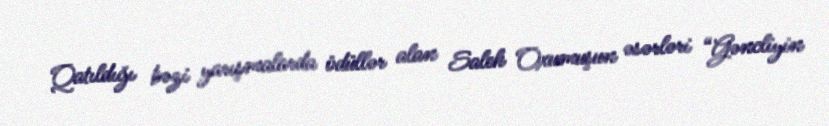
Qatıldığı bəzi yarışmalarda ödüllər alan Saleh Oxumuşun əsərləri “Gəncliyin